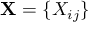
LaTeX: \mathbf { X } = \{ X _ { i j } \}